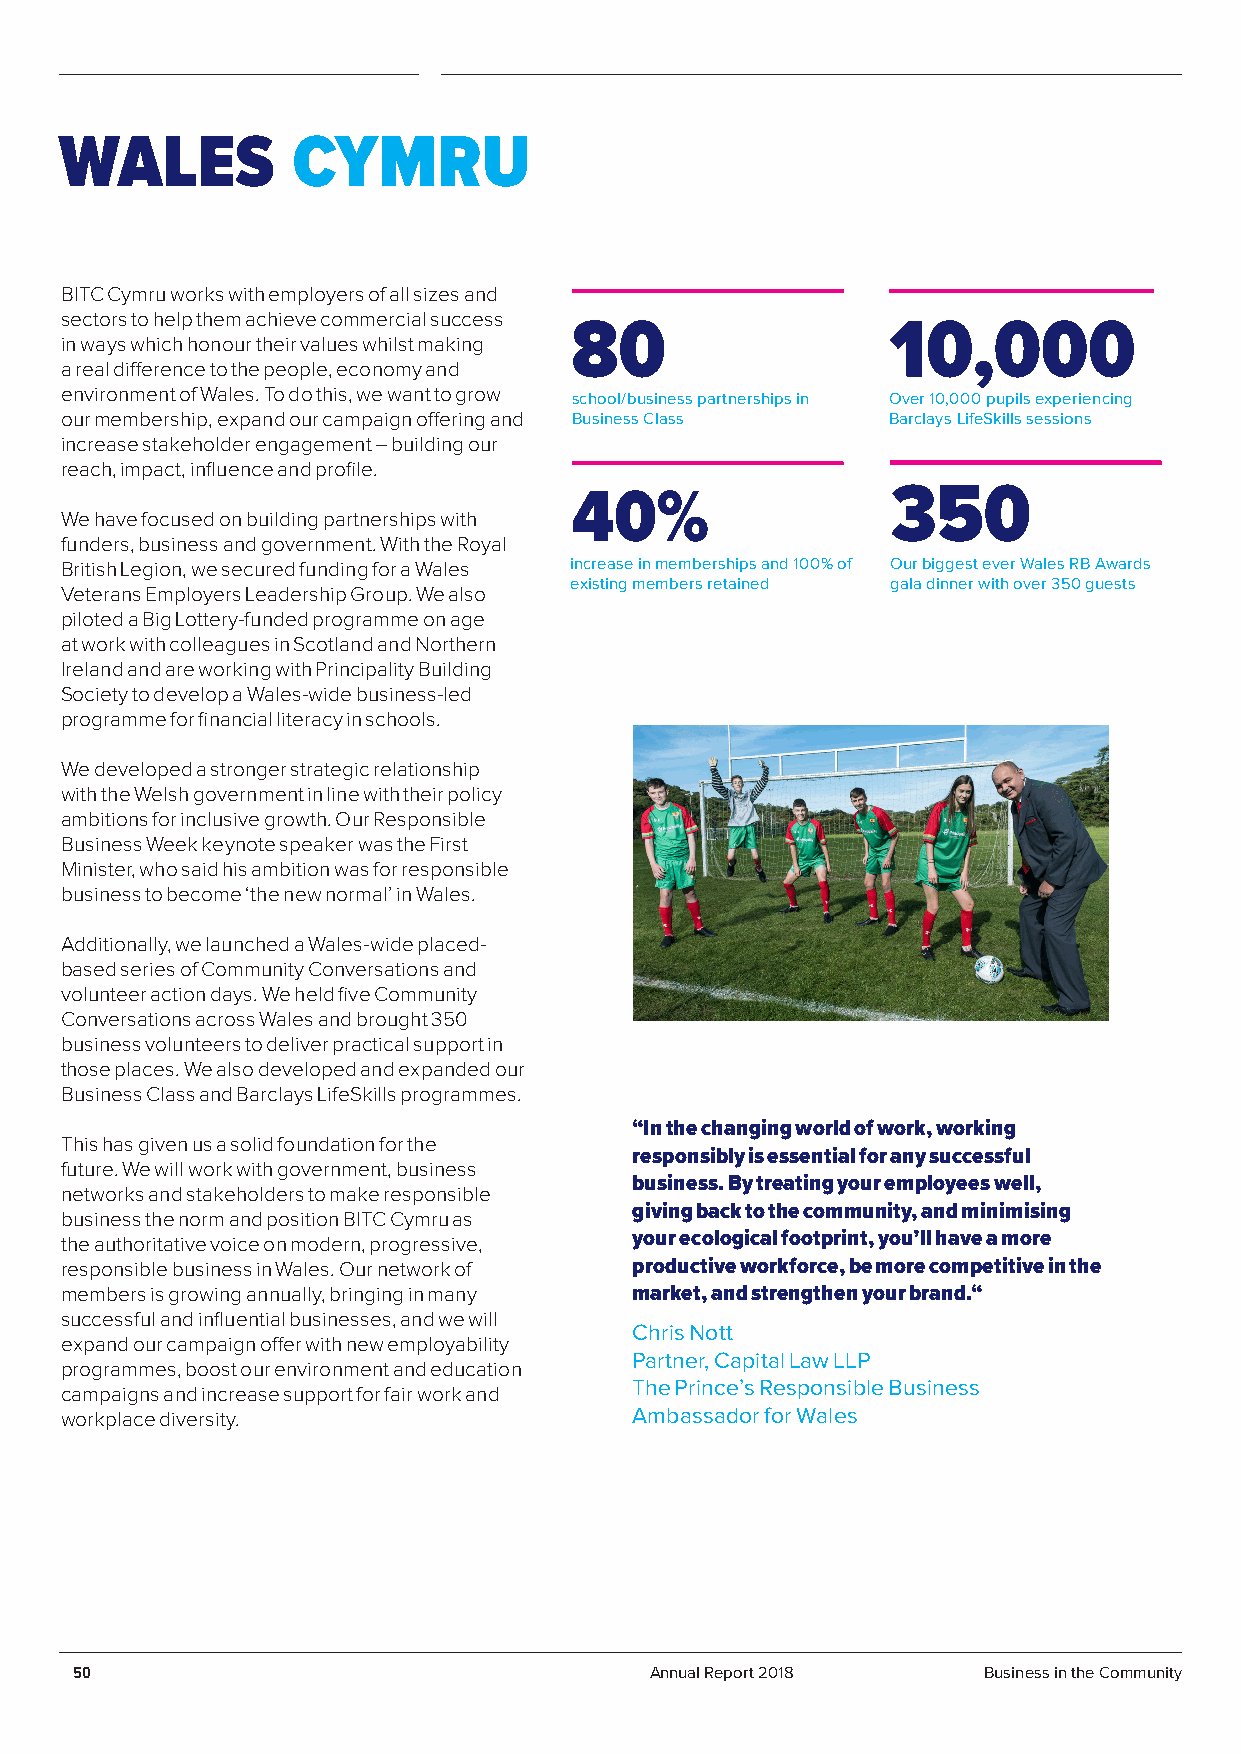
WALES          CYMRU
 BITC Cymru works with employers of all sizes and
 sectors to help them achieve commercial success
 80                   10,000
 in ways which honour their values whilst making
 a real difference to the people, economy and
 environment of Wales. To do this, we want to grow school/business partnerships in Over 10,000 pupils experiencing
 our membership, expand our campaign offering and Business Class Barclays LifeSkills sessions
 increase stakeholder engagement – building our
 reach, impact, influence and profile.
 40%                  350
 We have focused on building partnerships with
 funders, business and government. With the Royal
 British Legion, we secured funding for a Wales increase in memberships and 100% of Our biggest ever Wales RB Awards
 existing members retained gala dinner with over 350 guests
 Veterans Employers Leadership Group. We also
 piloted a Big Lottery-funded programme on age
 at work with colleagues in Scotland and Northern
 Ireland and are working with Principality Building
 Society to develop a Wales-wide business-led
 programme for financial literacy in schools.
 We developed a stronger strategic relationship
 with the Welsh government in line with their policy
 ambitions for inclusive growth. Our Responsible
 Business Week keynote speaker was the First
 Minister, who said his ambition was for responsible
 business to become ‘the new normal’ in Wales.
 Additionally, we launched a Wales-wide placed-
 based series of Community Conversations and
 volunteer action days. We held five Community
 Conversations across Wales and brought 350
 business volunteers to deliver practical support in
 those places. We also developed and expanded our
 Business Class and Barclays LifeSkills programmes.
 “In the changing world of work, working
 This has given us a solid foundation for the
 responsibly is essential for any successful
 future. We will work with government, business
 business. By treating your employees well,
 networks and stakeholders to make responsible
 giving back to the community, and minimising
 business the norm and position BITC Cymru as
 your ecological footprint, you’ll have a more
 the authoritative voice on modern, progressive,
 responsible business in Wales. Our network of productive workforce, be more competitive in the
 members is growing annually, bringing in many market, and strengthen your brand.“
 successful and influential businesses, and we will
 Chris Nott
 expand our campaign offer with new employability
 Partner, Capital Law LLP
 programmes, boost our environment and education
 The Prince’s Responsible Business
 campaigns and increase support for fair work and
 Ambassador for Wales
 workplace diversity.
 50                                    Annual Report 2018    Business in the Community